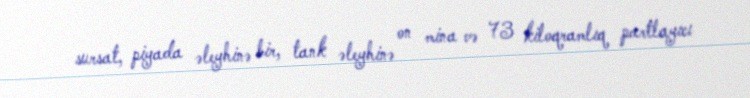
sursat, piyada əleyhinə bir, tank əleyhinə on mina və 73 kiloqramlıq partlayıcı